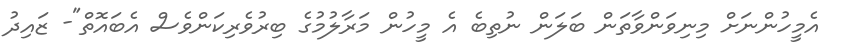
އެމީހުންނަށް މިނިވަންވާތަން ބަލަން ނުތިބެ އެ މީހުން މަރާލުމުގެ ބިރުވެރިކަންވެސް އެބައޮތް"- ޒައިދު